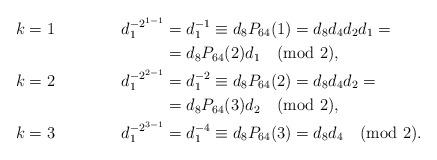
LaTeX: \begin{align*}k&=1& d_1^{-2^{1-1}}&=d_1^{-1}\equiv d_8P_{64}(1)=d_8d_4d_2d_1=\\&&&=d_8P_{64}(2)d_1\pmod{2},\\k&=2& d_1^{-2^{2-1}}&=d_1^{-2}\equiv d_8P_{64}(2)=d_8d_4d_2=\\&&&=d_8P_{64}(3)d_2\pmod{2},\\k&=3& d_1^{-2^{3-1}}&=d_1^{-4}\equiv d_8P_{64}(3)=d_8d_4\pmod{2}.\end{align*}